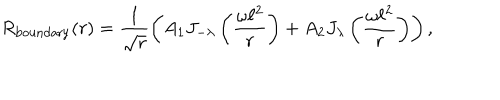
LaTeX: R _ { \mathrm { b o u n d a r y } } ( r ) = \frac { 1 } { \sqrt { r } } \left( A _ { \mathrm { 1 } } J _ { - \lambda } \left( \frac { \omega \ell ^ { 2 } } { r } \right) + A _ { \mathrm { 2 } } J _ { \lambda } \left( \frac { \omega \ell ^ { 2 } } { r } \right) \right) ,